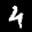
Label: 4